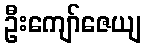
ဦးကျော်ဇေယျ